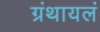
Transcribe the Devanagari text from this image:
ग्रंथायलं